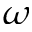
\boldsymbol { \omega }